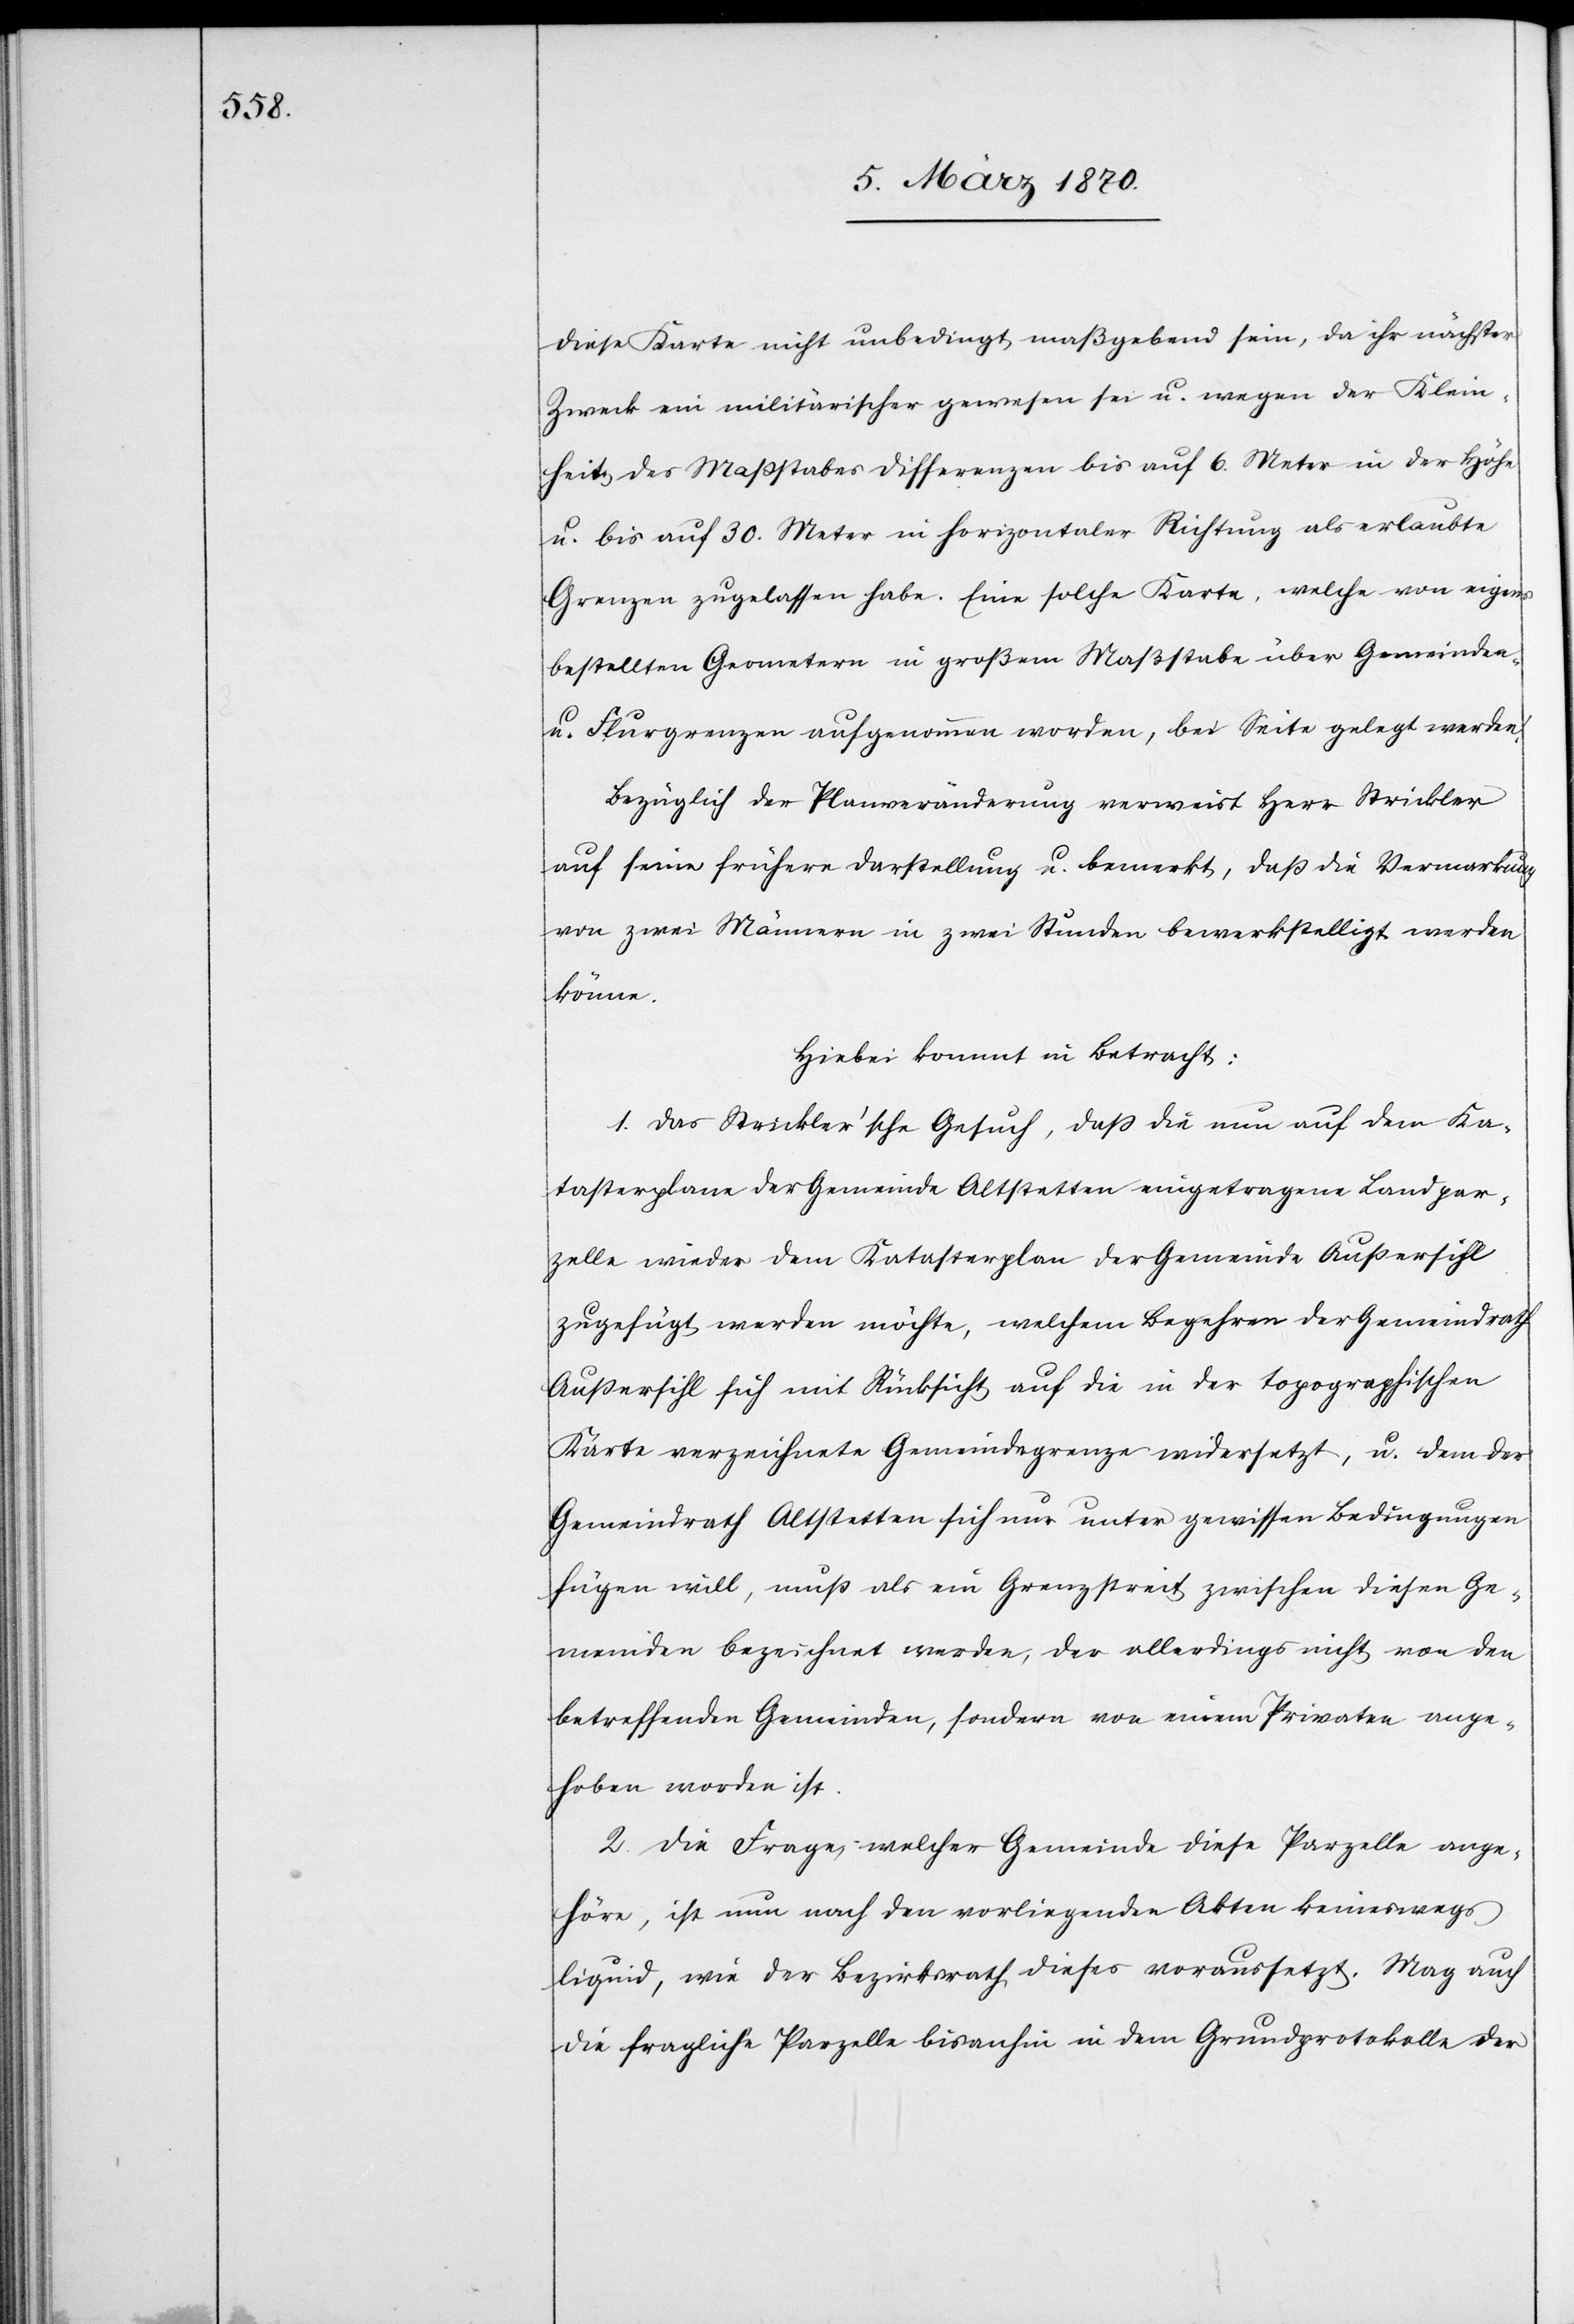
diese Karte nicht unbedingt maßgebend sein, da ihr nächster
Zweck ein militärischer gewesen sei u. wegen der Klein¬
heit des Maßstabes Differenzen bis auf 6. Meter in der Höhe
u. bis auf 30. Meter in horizontaler Richtung als erlaubte
Grenzen zugelassen habe. Eine solche Karte, welche von eigens
bestellten Geometern in großem Maßstabe über Gemeinde-
u. Flurgrenzen aufgenommen worden, bei Seite gelegt werden!
Bezüglich der Planveränderung verweist Herr Strickler
auf seine frühere Darstellung u. bemerkt, daß die Vermarkung
von zwei Männern in zwei Stunden bewerkstelligt werden
könne.
Hiebei kommt in Betracht:
1. Das Strickler’sche Gesuch, daß die nun auf dem Ka¬
tasterplane der Gemeinde Altstetten eingetragene Landpar¬
zelle wieder dem Katasterplan der Gemeinde Außersihl
zugefügt werden möchte, welchem Begehren der Gemeindrath
Außersihl sich mit Rücksicht auf die in der topographischen
Karte verzeichnete Gemeindegrenze widersetzt, u. dem der
Gemeindrath Altstetten sich nur unter gewissen Bedingungen
fügen will, muß als ein Grenzstreit zwischen diesen Ge¬
meinden bezeichnet werden, der allerdings nicht von den
betreffenden Gemeinden, sondern von einem Privaten ange¬
hoben worden ist.
2. Die Frage, welcher Gemeinde diese Parzelle ange¬
höre, ist nun nach den vorliegenden Akten keineswegs
liquid, wie der Bezirksrath dieses voraussetzt. Mag auch
die fragliche Parzelle bisanhin in dem Grundprotokolle der